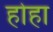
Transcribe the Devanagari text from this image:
होहा